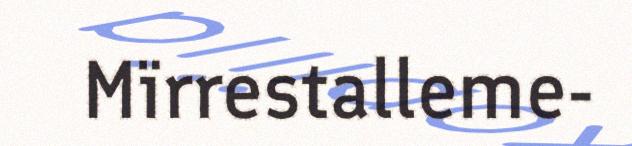
Mïrrestalleme-